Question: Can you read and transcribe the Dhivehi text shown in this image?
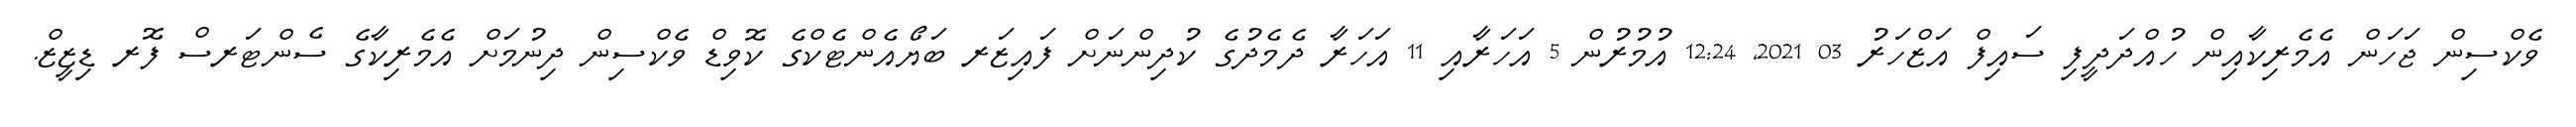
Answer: ވެކްސިން ޖަހަން އެމެރިކާއިން ހުއްދަދީފި ސައިފް އަޒްހަރު 03 2021, 12:24 އުމުރުން 5 އަހަރާއި 11 އަހަރާ ދެމެދުގެ ކުދިންނަށް ފައިޒަރ ބަޔޯއެންޓެކްގެ ކޮވިޑް ވެކްސިން ދިނުމަށް އެމެރިކާގެ ސެންޓަރސް ފޮރ ޑިޒީޒް.